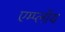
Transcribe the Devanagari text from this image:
एम्प्लॉय